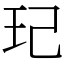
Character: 玘